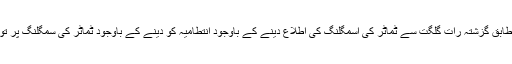
ذرائع کے مطابق گزشتہ رات گلگت سے ٹماٹر کی اسمگلنگ کی اطلاع دینے کے باوجود انتطامیہ کو دینے کے باوجود ٹماٹر کی سمگلنگ پر توجہ نہیں دی۔